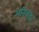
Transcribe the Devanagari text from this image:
अतिन्रइ